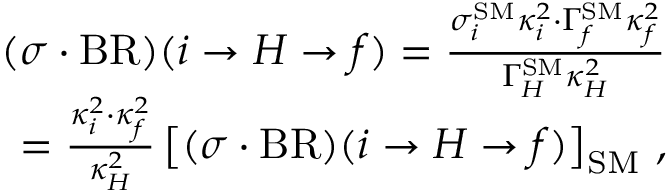
\begin{array} { r l r } & { } & { ( \sigma \cdot \mathrm { B R } ) ( i \to { H } \to f ) = \frac { \sigma _ { i } ^ { \mathrm { S M } } \kappa _ { i } ^ { 2 } \cdot \Gamma _ { f } ^ { \mathrm { S M } } \kappa _ { f } ^ { 2 } } { \Gamma _ { H } ^ { \mathrm { S M } } \kappa _ { H } ^ { 2 } } } \\ & { } & { = \frac { \kappa _ { i } ^ { 2 } \cdot \kappa _ { f } ^ { 2 } } { \kappa _ { H } ^ { 2 } } \left[ ( \sigma \cdot \mathrm { B R } ) ( i \to { H } \to f ) \right] _ { \mathrm { S M } } \, , } \end{array}